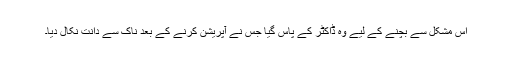
اس مشکل سے بچنے کے لیے وہ ڈاکٹر کے پاس گیا جس نے آپریشن کرنے کے بعد ناک سے دانت نکال دیا۔